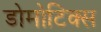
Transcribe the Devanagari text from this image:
डोमोटिक्स